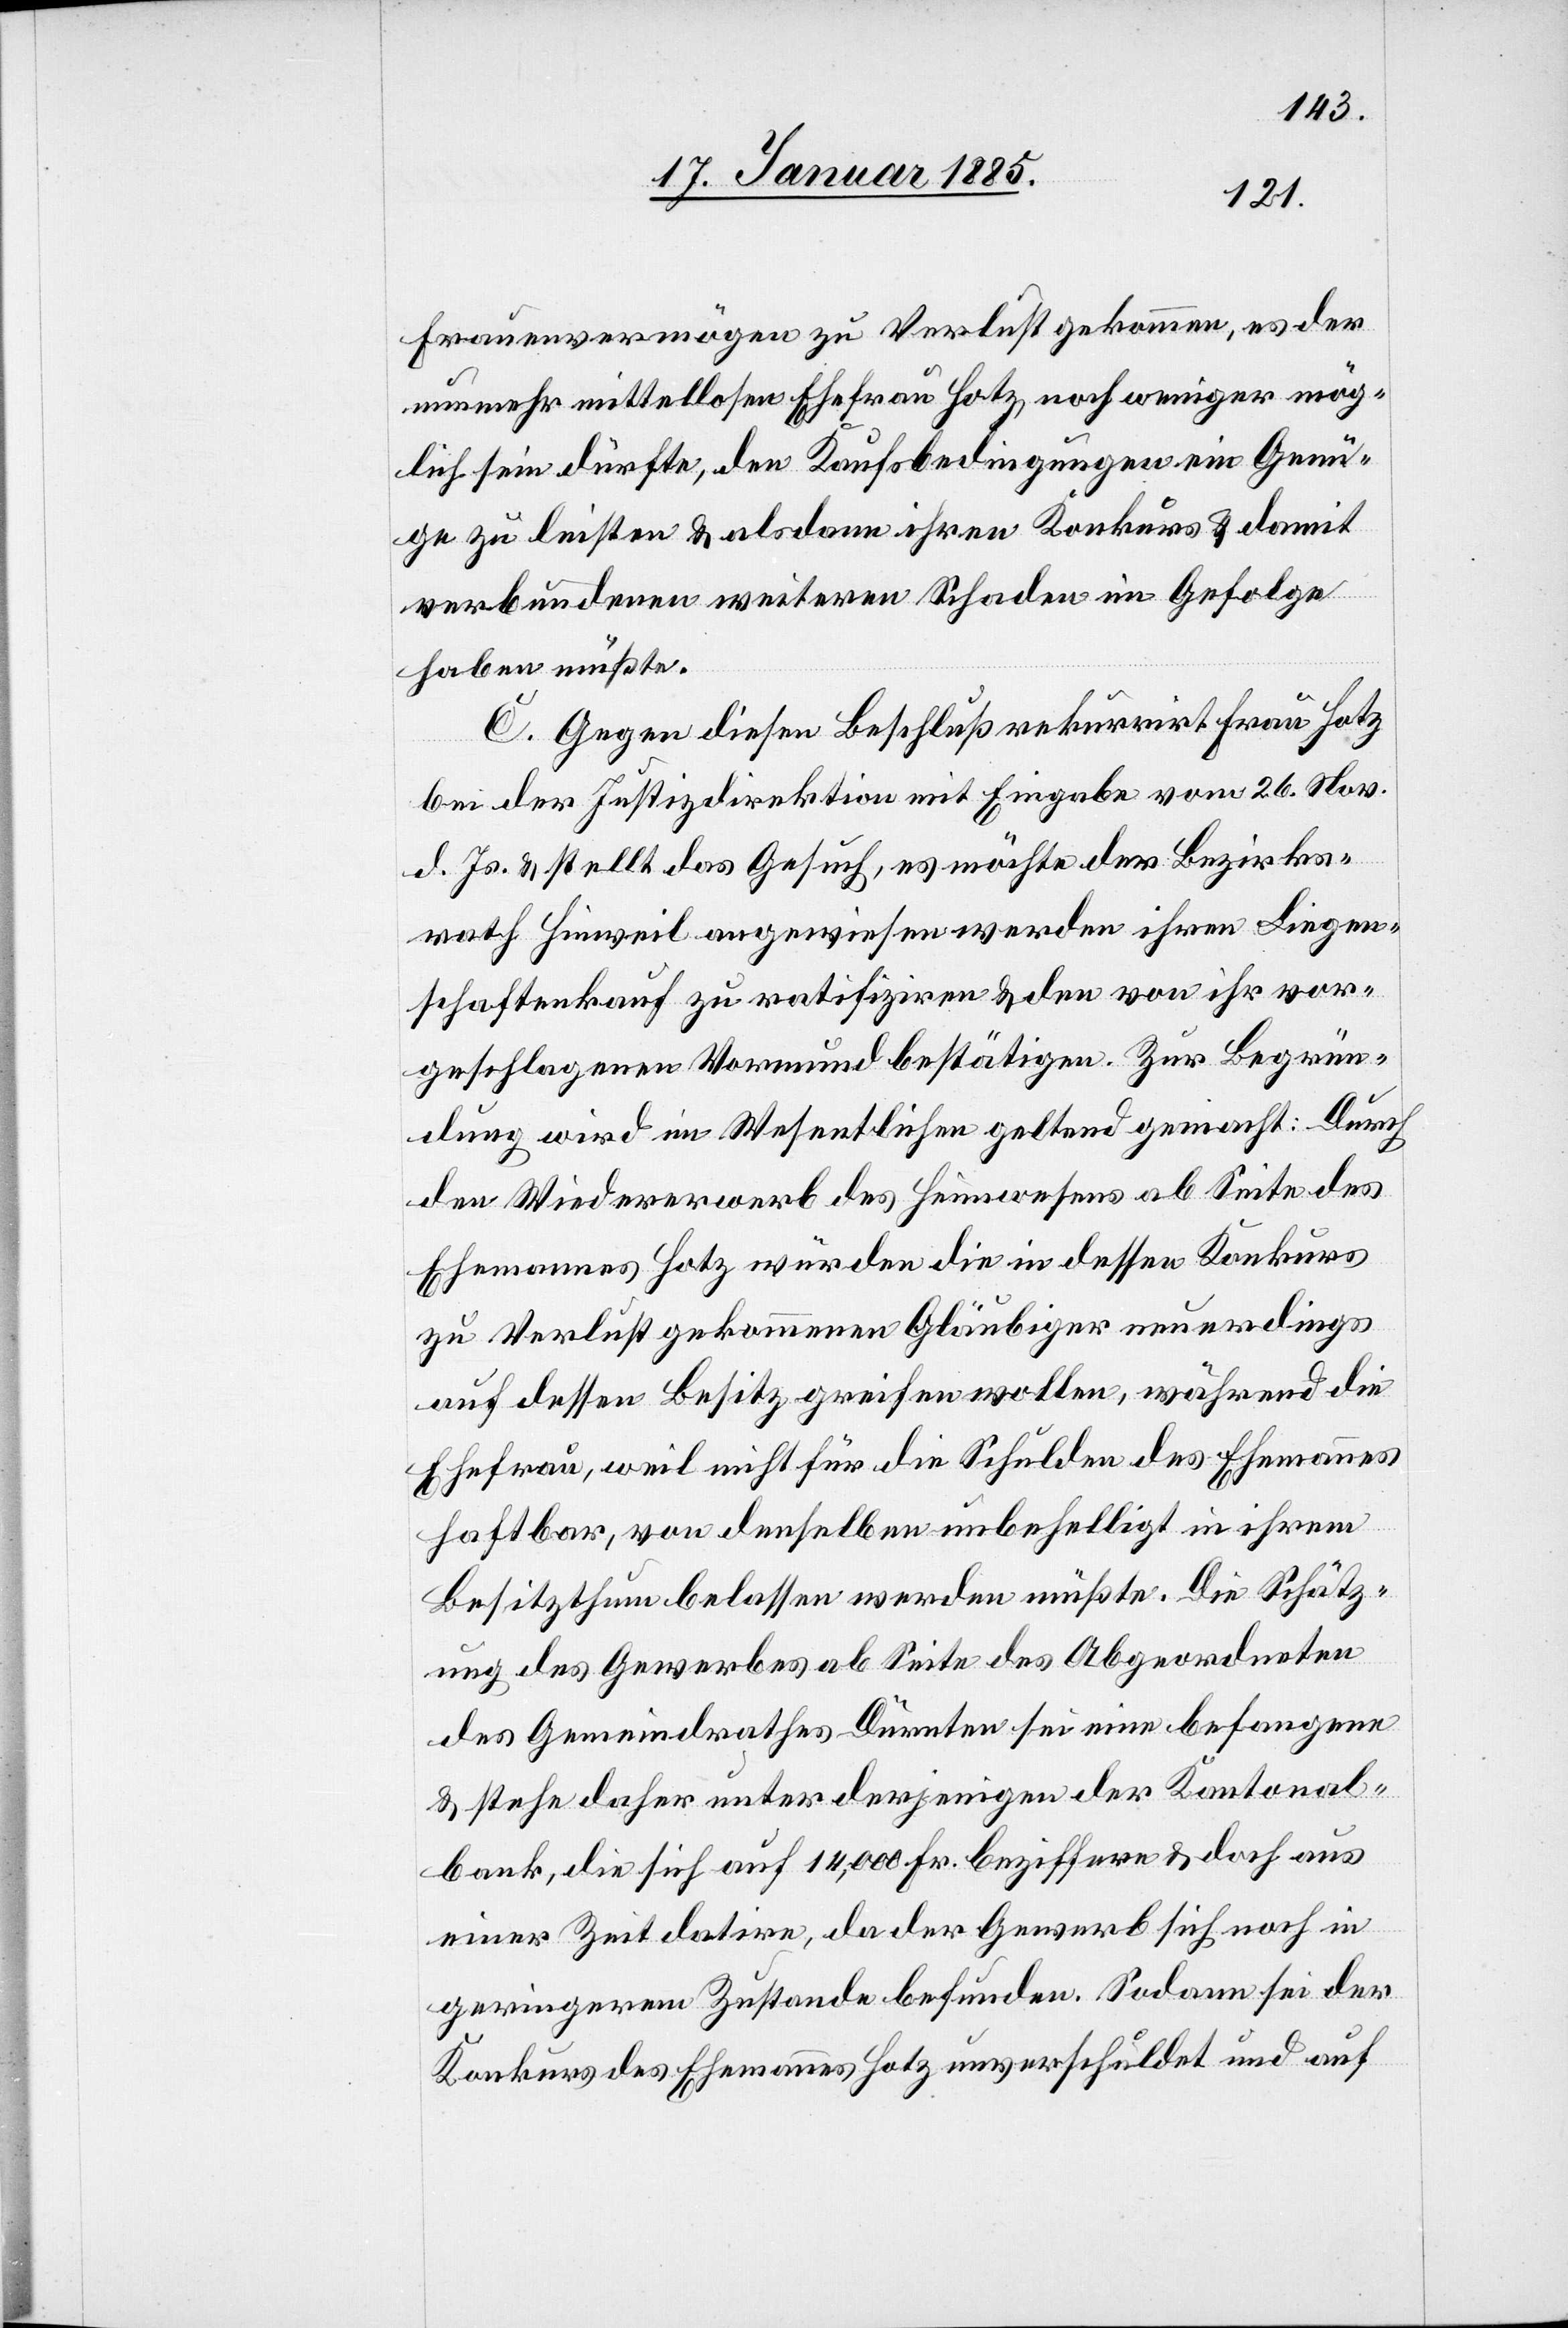
Frauenvermögen zu Verlust gekommen, es der
nunmehr mittellosen Ehefrau Hotz noch weniger mög¬
lich sein dürfte, den Kaufsbedingungen ein Genü¬
ge zu leisten & alsdann ihren Konkurs & damit
verbundenen weiteren Schaden im Gefolge
haben müßte.
C. Gegen diesen Beschluß rekurrirt Frau Hotz
bei der Justizdirektion mit Eingabe vom 26. Nov.
d. Js. & stellt das Gesuch, es möchte der Bezirks¬
rath Hinweil angewiesen werden ihren Liegen¬
schaftenkauf zu ratifiziren & den von ihr vor¬
geschlagenen Vormund bestätigen. Zur Begrün¬
dung wird im Wesentlichen geltend gemacht: Durch
den Wiedererwerb des Heimwesens ab Seite des
Ehemannes Hotz wurde die in dessen Konkurs
zu Verlust gekommenen Gläubiger neuerdings
auf dessen Besitz greifen wollen, während die
Ehefrau, weil nicht für die Schulden des Ehemannes
haftbar, von denselben unbehelligt in ihrem
Besitzthum belassen werden müßte. Die Schätz¬
ung des Gewerbes ab Seite des Abgeordneten
des Gemeindrathes Dürnten sei eine befangene
& stehe daher unter derjenigen der Kantonal¬
bank, die sich auf 14,000 Fr. beziffern & doch aus
einer Zeit datire, da der Gewerb sich noch in
geringerem Zustande befunden. Sodann sei der
Konkurs des Ehemannes Hotz unverschuldet und auf